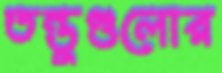
তন্তুগুলোর